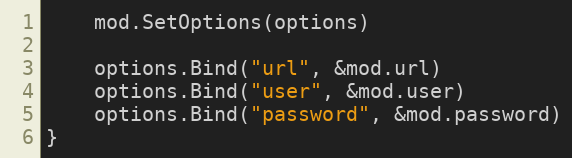
Language: Go
	mod.SetOptions(options)

	options.Bind("url", &mod.url)
	options.Bind("user", &mod.user)
	options.Bind("password", &mod.password)
}